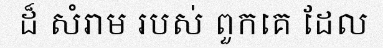
ដ៏ សំរាម របស់ ពួកគេ ដែល